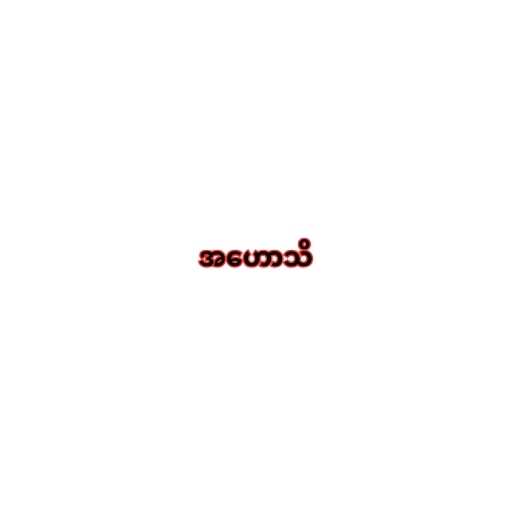
အဟောသိ